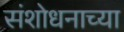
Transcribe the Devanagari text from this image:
संशोधनाच्‍या